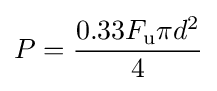
P={\frac {0.33F_{\text{u}}\pi d^{2}}{4}}